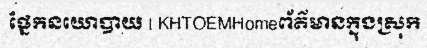
ផ្នែកនយោបាយ | KHTOEMHomeព័ត៌មានក្នុងស្រុក